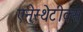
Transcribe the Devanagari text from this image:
एनेस्थेटीक्स